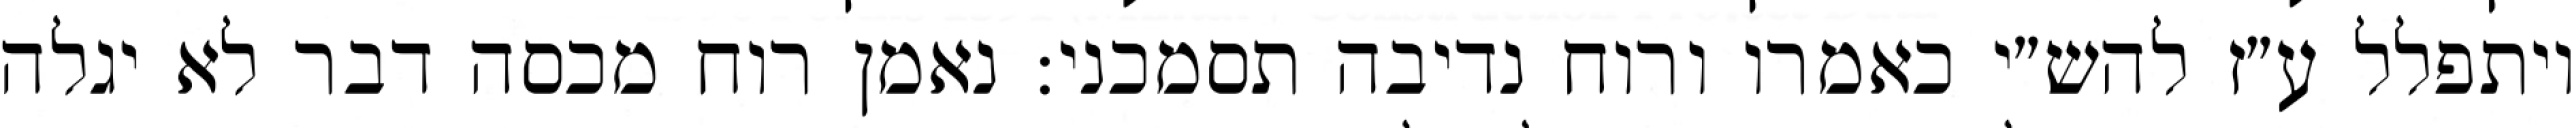
ויתפלל ע״ז להש״י כאמרו ורוח נדיבה תסמכני: נאמן רוח מכסה דבר לא יגלה